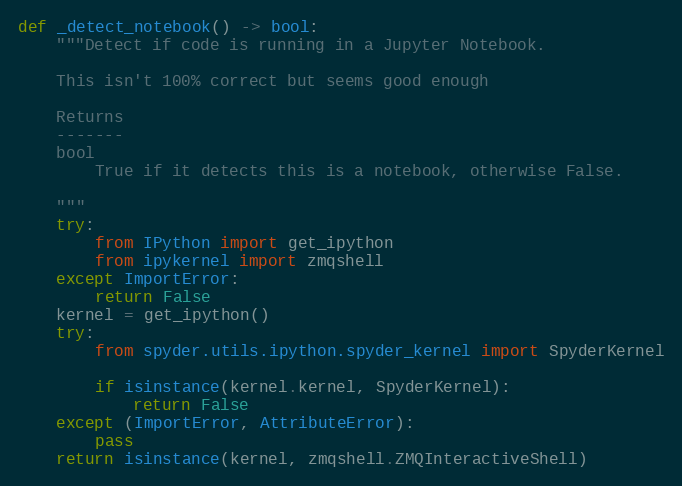
Language: Python
def _detect_notebook() -> bool:
    """Detect if code is running in a Jupyter Notebook.

    This isn't 100% correct but seems good enough

    Returns
    -------
    bool
        True if it detects this is a notebook, otherwise False.

    """
    try:
        from IPython import get_ipython
        from ipykernel import zmqshell
    except ImportError:
        return False
    kernel = get_ipython()
    try:
        from spyder.utils.ipython.spyder_kernel import SpyderKernel

        if isinstance(kernel.kernel, SpyderKernel):
            return False
    except (ImportError, AttributeError):
        pass
    return isinstance(kernel, zmqshell.ZMQInteractiveShell)